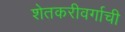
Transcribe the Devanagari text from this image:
शेतकरीवर्गाची